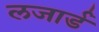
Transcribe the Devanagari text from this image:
लजार्ड